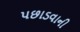
પછાડવાની